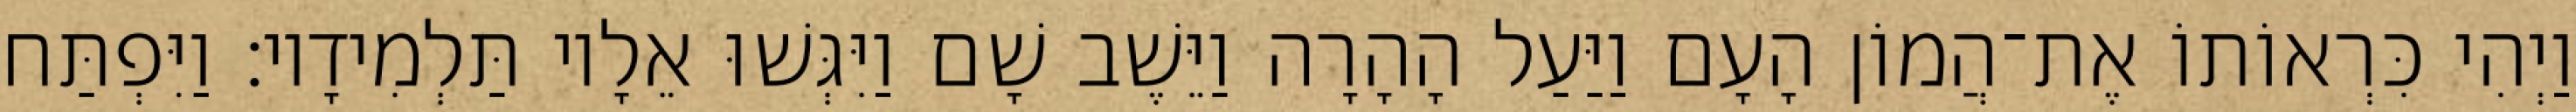
וַיְהִי כִּרְאוֹתוֹ אֶת־הֲמוֹן הָעָם וַיַּעַל הָהָרָה וַיֵּשֶׁב שָׁם וַיִּגְּשׁוּ אֵלָיו תַּלְמִידָיו׃ וַיִּפְתַּח